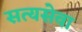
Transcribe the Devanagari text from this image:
सत्यसेवा